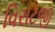
વિરાટજી